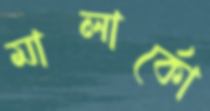
মালার্কো